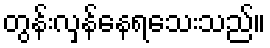
တွန်းလှန်နေရသေးသည်။